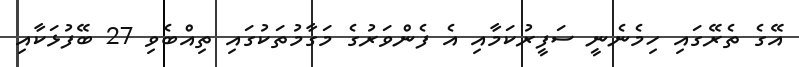
އޭގެ ތެރޭގައި ހިމެނެނީ ސަފީރުކަމާއި އެ ފެންވަރުގެ މަގާމުތަކުގައި ތިއްބެވި 27 ބޭފުޅަކާއި